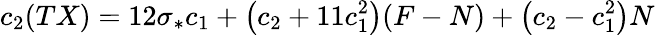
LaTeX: c_{2}(TX)=12\sigma_{*}c_{1}+\left(c_{2}+11c_{1}^{2}\right)(F-N)+\left(c_{2}-c_{1}^{2}\right)N